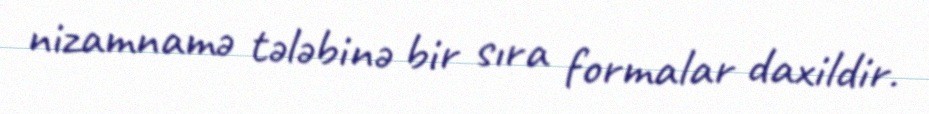
nizamnamə tələbinə bir sıra formalar daxildir.